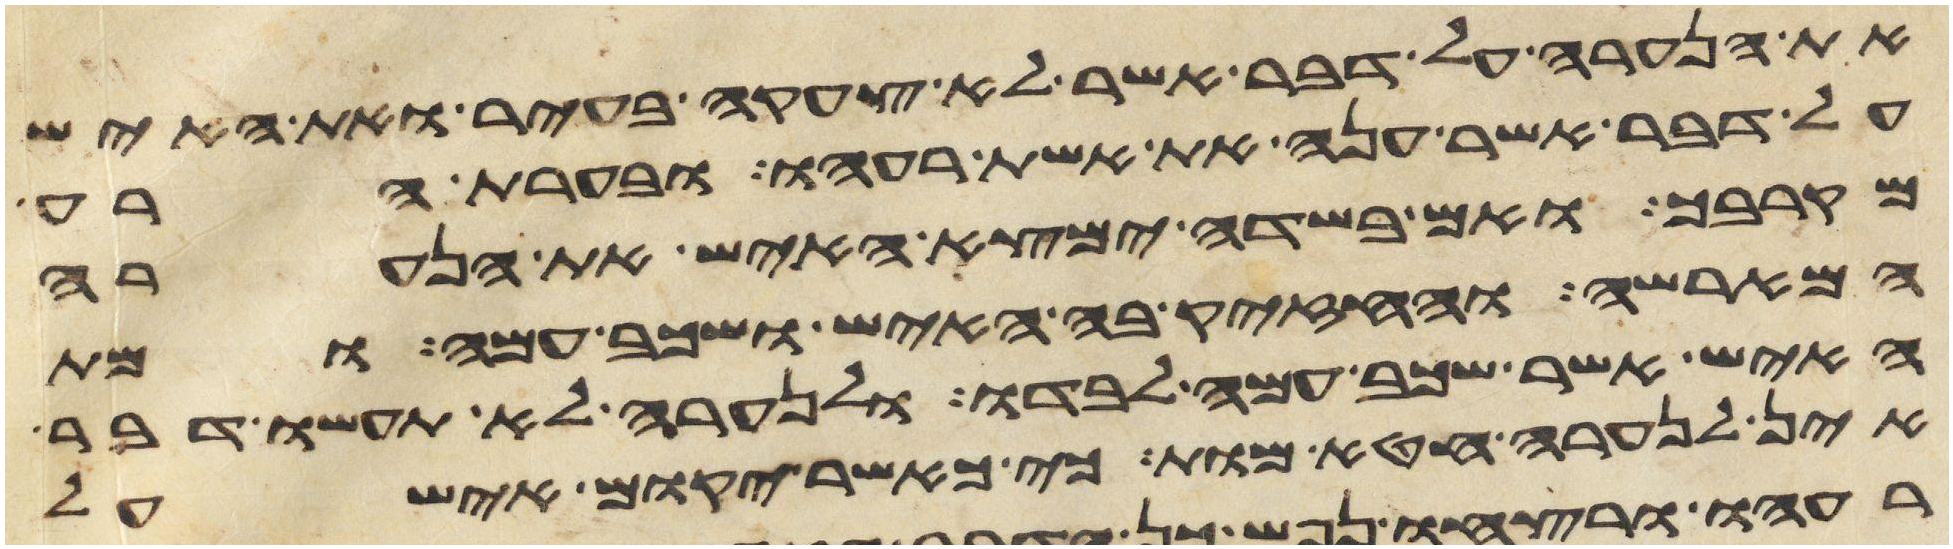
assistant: את הנערה על דבר אשר לא צעקה בעיר ואת האיש
על דבר אשר ענה את אשת רעהו ובערת הרע
מקרבך ואם בשדה ימצא האיש את הנערה
המארשה והחזיק בה האיש ושכב עמה ומת
האיש אשר שכב עמה לבדו ולנערה לא תעשו דבר
אין לנערה חטא מות כי כאשר יקום איש על